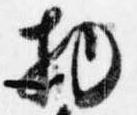
物